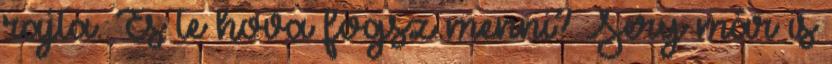
rajta. És te hova fogsz menni? Sery már is